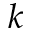
k